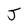
Character: J